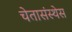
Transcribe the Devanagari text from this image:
चेतासंस्थेस